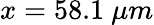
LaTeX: x=58.1~\mu m